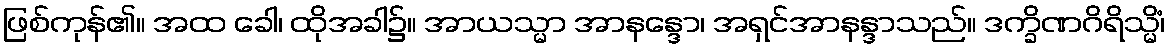
ဖြစ်ကုန်၏။ အထ ခေါ၊ ထိုအခါ၌။ အာယသ္မာ အာနန္ဒော၊ အရှင်အာနန္ဒာသည်။ ဒက္ခိဏဂိရိသ္မိံ၊